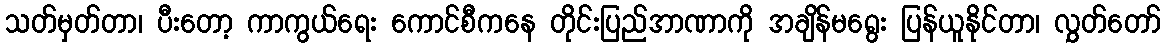
သတ်မှတ်တာ၊ ပီးတော့ ကာကွယ်ရေး ကောင်စီကနေ တိုင်းပြည်အာဏာကို အချိန်မရွေး ပြန်ယူနိုင်တာ၊ လွှတ်တော်